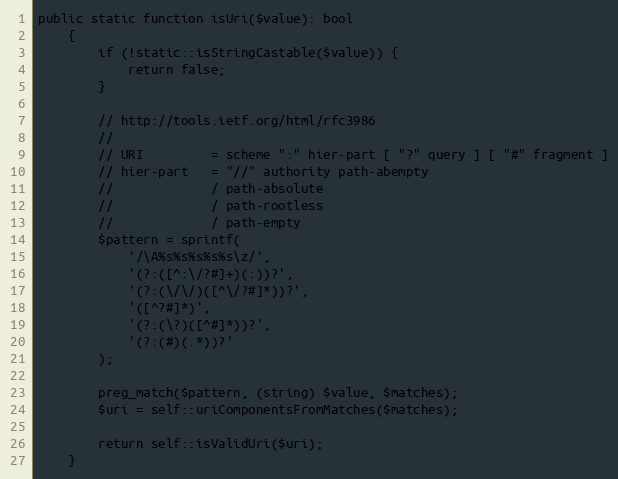
Language: PHP
public static function isUri($value): bool
    {
        if (!static::isStringCastable($value)) {
            return false;
        }

        // http://tools.ietf.org/html/rfc3986
        //
        // URI         = scheme ":" hier-part [ "?" query ] [ "#" fragment ]
        // hier-part   = "//" authority path-abempty
        //             / path-absolute
        //             / path-rootless
        //             / path-empty
        $pattern = sprintf(
            '/\A%s%s%s%s%s\z/',
            '(?:([^:\/?#]+)(:))?',
            '(?:(\/\/)([^\/?#]*))?',
            '([^?#]*)',
            '(?:(\?)([^#]*))?',
            '(?:(#)(.*))?'
        );

        preg_match($pattern, (string) $value, $matches);
        $uri = self::uriComponentsFromMatches($matches);

        return self::isValidUri($uri);
    }